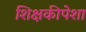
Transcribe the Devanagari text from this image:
शिक्षकीपेशा